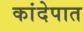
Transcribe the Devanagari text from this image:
कांदेपात